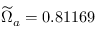
\widetilde { \Omega } _ { a } = 0 . 8 1 1 6 9